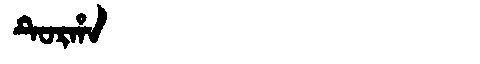
Manchu: ᡨᡠᡵᡥᠠ
Romanization: TURHA